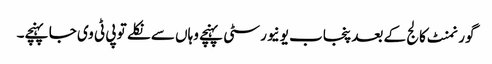
گورنمنٹ کالج کے بعد پنجاب یونیورسٹی پہنچے وہاں سے نکلے تو پی ٹی وی جا پہنچے۔